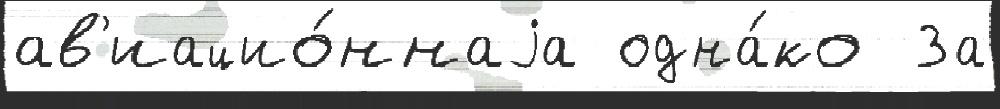
ав'иацио́ннаjа одна́ко  За